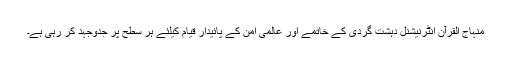
منہاج القرآن انٹرنیشنل دہشت گردی کے خاتمے اور عالمی امن کے پائیدار قیام کیلئے ہر سطح پر جدوجہد کر رہی ہے۔